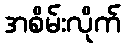
အစိမ်းလိုက်